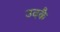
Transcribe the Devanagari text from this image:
उदकै